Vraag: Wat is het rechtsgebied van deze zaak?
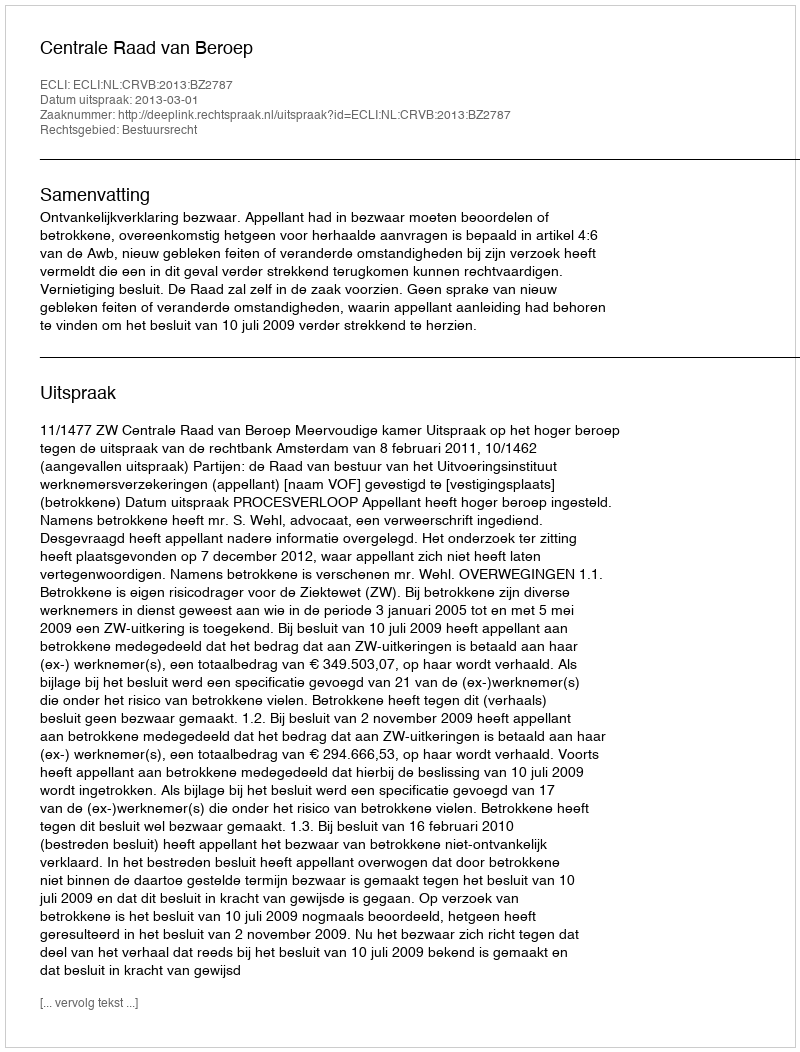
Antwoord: Bestuursrecht